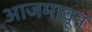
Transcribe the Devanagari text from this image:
आजमावून